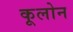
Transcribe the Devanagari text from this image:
कूलोन